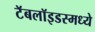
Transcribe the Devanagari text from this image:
टॅबलॉइडस्मध्ये